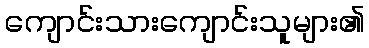
ကျောင်းသားကျောင်းသူများ၏